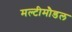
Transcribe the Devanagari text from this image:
मल्टीमौडल